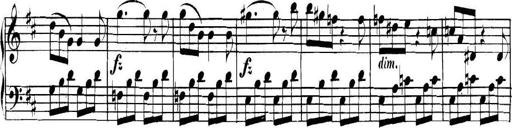
Title: Collected Piano Sonatas
Composer: Muzio Clementi